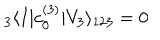
{ } _ { 3 } \langle I | c _ { 0 } ^ { ( 3 ) } | V _ { 3 } \rangle _ { 1 2 3 } = 0